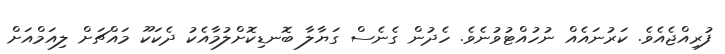
ފުރިއްޖެއެވެ. ކަރުނައެއް ނުހުއްޓުވުނެވެ. ހެދުން ގެނެސް ގަޔާލާ ބޮނޑިކޮށްލުމާއެކު ދެކަކޫ މައްޗަށް ލިއަމްއަށް